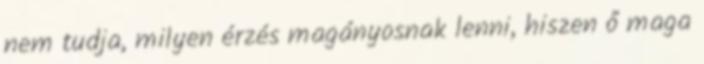
nem tudja, milyen érzés magányosnak lenni, hiszen ő maga